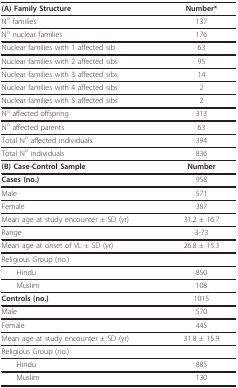
<table><thead><tr><td><b>(A) Family Structure</b></td><td><b>Number*</b></td></tr></thead><tbody><tr><td>N<sup>o </sup>families</td><td>137</td></tr><tr><td>N<sup>o </sup>nuclear families</td><td>176</td></tr><tr><td>Nuclear families with 1 affected sib</td><td>63</td></tr><tr><td>Nuclear families with 2 affected sibs</td><td>95</td></tr><tr><td>Nuclear families with 3 affected sibs</td><td>14</td></tr><tr><td>Nuclear families with 4 affected sibs</td><td>2</td></tr><tr><td>Nuclear families with 5 affected sibs</td><td>2</td></tr><tr><td>N<sup>o </sup>affected offspring</td><td>313</td></tr><tr><td>N<sup>o </sup>affected parents</td><td>63</td></tr><tr><td>Total N<sup>o </sup>affected individuals</td><td>394</td></tr><tr><td>Total N<sup>o </sup>individuals</td><td>836</td></tr><tr><td><b>(B) Case-Control Sample</b></td><td><b>Number</b></td></tr><tr><td><b>Cases (no.)</b></td><td>958</td></tr><tr><td>Male</td><td>571</td></tr><tr><td>Female</td><td>387</td></tr><tr><td>Mean age at study encounter ± SD (yr)</td><td>31.2 ± 16.7</td></tr><tr><td>Range</td><td>3-73</td></tr><tr><td>Mean age at onset of VL ± SD (yr)</td><td>26.8 ± 15.3</td></tr><tr><td>Religious Group (no.)</td><td></td></tr><tr><td> Hindu</td><td>850</td></tr><tr><td> Muslim</td><td>108</td></tr><tr><td><b>Controls (no.)</b></td><td>1015</td></tr><tr><td>Male</td><td>570</td></tr><tr><td>Female</td><td>445</td></tr><tr><td>Mean age at study encounter ± SD (yr)</td><td>31.8 ± 15.9</td></tr><tr><td>Religious Group (no.)</td><td></td></tr><tr><td> Hindu</td><td>885</td></tr><tr><td> Muslim</td><td>130</td></tr></tbody></table>